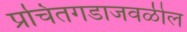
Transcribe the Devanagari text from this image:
प्रचितगडाजवळील